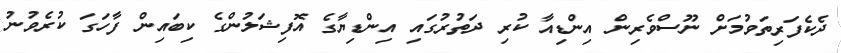
ދެކެފަރިތަވުމަށް ނޫސްވެރިން އިންޑިއާ ކުރި ދަތުރުގައި އިންޑިޔާގެ އޮފިޝަލުންގެ ކިބައިން ފާހަގަ ކުރެވުނު